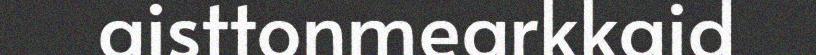
aisttonmearkkaid